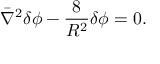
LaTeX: \bar { \nabla } ^ { 2 } \delta \phi - { \frac { 8 } { R ^ { 2 } } } \delta \phi = 0 .